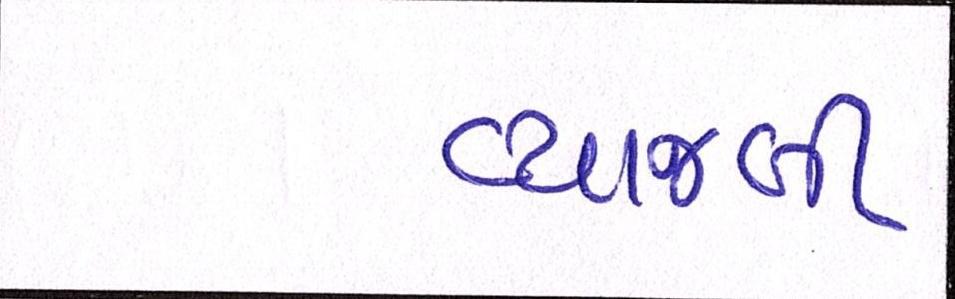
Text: વ્યાજબી